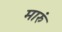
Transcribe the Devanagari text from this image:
मारुं